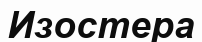
Изостера